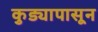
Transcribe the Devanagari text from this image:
कुड्यापासून